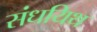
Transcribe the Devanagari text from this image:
संधयिथ